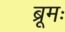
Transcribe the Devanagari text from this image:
ब्रूमः